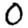
Digit: 0